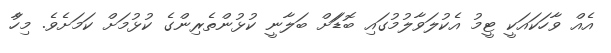
އެއް ވާހަކައަކީ ޓީމު އެކުލަވާލުމުގައި ބޮޑަަށް ބަލާނީ ކުޅުންތެރިންގެ ކުޅުމަށް ކަމަށެވެ. މިހާު